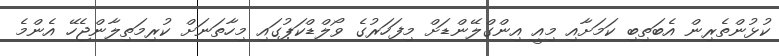
ކުޅުންތެރިން އެބަތިބި ކަމަށާއި މިއީ އިންގްލޭންޑަށް މިފަހަރުގެ ވޯލްޑްކަޕުގައި މިހާތަނަށް ކުރިމަތިލާންޖެހޭ އެންމެ